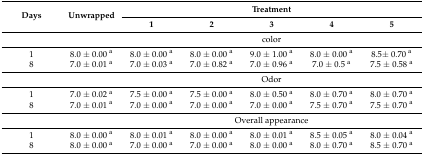
| <ROWSPAN=2> Days | <ROWSPAN=2> Unwrapped | <COLSPAN=5> Treatment |
 | 1 | 2 | 3 | 4 | 5 |
 | --- | --- | --- | --- | --- | --- | --- |
 |  |  | <COLSPAN=5> color |
 | 1 | 8.0 ± 0.00 a | 8.0 ± 0.00 a | 8.0 ± 0.00 a | 9.0 ± 1.00 a | 8.0 ± 0.00 a | 8.5± 0.70 a |
 | 8 | 7.0 ± 0.01 a | 7.0 ± 0.03 a | 7.0 ± 0.82 a | 7.0 ± 0.96 a | 7.0 ± 0.5 a | 7.5 ± 0.58 a |
 |  |  | <COLSPAN=5> Odor |
 | 1 | 7.0 ± 0.02 a | 7.5 ± 0.00 a | 7.5 ± 0.00 a | 8.0 ± 0.50 a | 8.0 ± 0.70 a | 8.0 ± 0.70 a |
 | 8 | 7.0 ± 0.01 a | 7.0 ± 0.00 a | 7.0 ± 0.00 a | 7.0 ± 0.00 a | 7.5 ± 0.70 a | 7.5 ± 0.70 a |
 |  |  | <COLSPAN=5> Overall appearance |
 | 1 | 8.0 ± 0.00 a | 8.0 ± 0.01 a | 8.0 ± 0.00 a | 8.0 ± 0.01 a | 8.5 ± 0.05 a | 8.0 ± 0.04 a |
 | 8 | 8.0 ± 0.00 a | 7.0 ± 0.00 a | 7.0 ± 0.00 a | 8.0 ± 0.00 a | 8.0 ± 0.70 a | 8.5 ± 0.70 a |